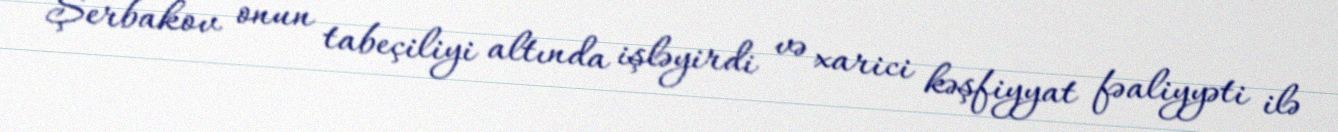
Şerbakov onun tabeçiliyi altında işləyirdi və xarici kəşfiyyat fəaliyyəti ilə